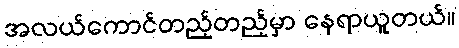
အလယ်ကောင်တည့်တည့်မှာ နေရာယူတယ်။